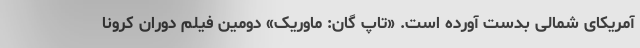
آمریکای شمالی بدست آورده است. «تاپ گان: ماوریک» دومین فیلم دوران کرونا